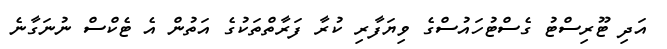
އަދި ޓޫރިސްޓު ގެސްޓުހައުސްގެ ވިޔަފާރި ކުރާ ފަރާތްތަކުގެ އަތުން އެ ޓެކްސް ނުނަގާނެ